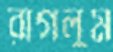
রাগলুম